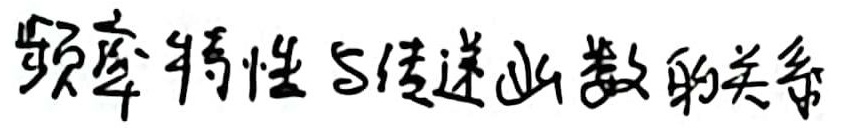
频率特性与传递函数的关系